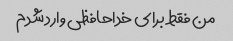
من فقط برای خداحافظی وارد شدم